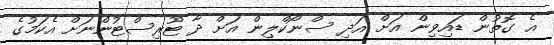
އެ ގޮތުން ޑައިވިން އަށް އަދި ސްނޯކްލިން އަށް ދާ ޓޫރިސްޓުންނަށް އެކަމުގެ